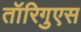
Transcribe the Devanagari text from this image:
तॉरिगुएस